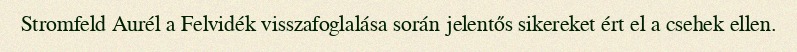
Stromfeld Aurél a Felvidék visszafoglalása során jelentős sikereket ért el a csehek ellen.